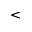
<